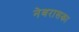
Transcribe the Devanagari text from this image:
नेबरासका